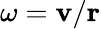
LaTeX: \omega=\mathbf{v}/\mathbf{r}